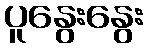
ပူနွေးနွေး